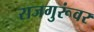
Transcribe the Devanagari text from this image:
राजगुरूंवर